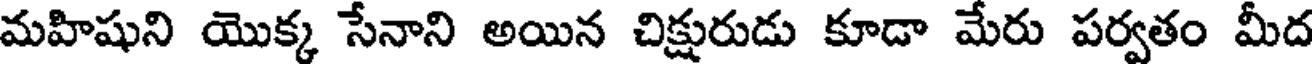
మహిషుని యొక్క సేనాని అయిన చిక్షురుడు కూడా మేరు పర్వతం మీద